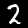
Label: 2